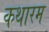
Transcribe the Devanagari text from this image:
कथारम